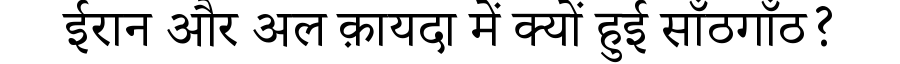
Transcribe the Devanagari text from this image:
ईरान और अल क़ायदा में क्यों हुई साँठगाँठ?